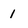
Character: 1